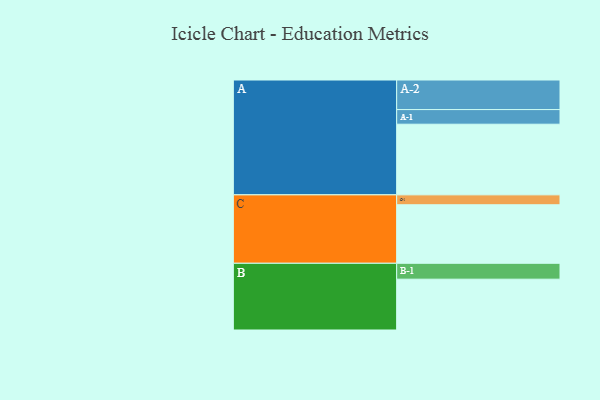
{"axis": {"x": "Segment", "y": "Value"}, "legend": ["", "A", "B", "C"], "data": [{"x": "A", "y": 449, "type": ""}, {"x": "B", "y": 323, "type": ""}, {"x": "C", "y": 372, "type": ""}, {"x": "A-1", "y": 93, "type": "A"}, {"x": "A-2", "y": 188, "type": "A"}, {"x": "B-1", "y": 101, "type": "B"}, {"x": "C-1", "y": 63, "type": "C"}]}